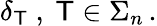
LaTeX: \delta_{\mathsf{T}}\ ,\ \mathsf{T}\in\Sigma_{n}\, .